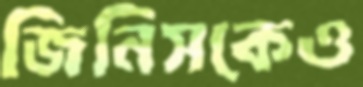
জিনিসকেও